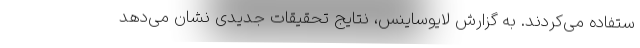
ستفاده می‌کردند. به گزارش لایوساینس، نتایج تحقیقات جدیدی نشان می‌دهد